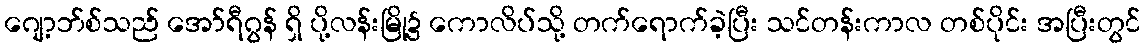
ဂျော့ဘ်စ်သည် အော်ရီဂွန် ရှိ ပို့လန်းမြို့၌ ကောလိပ်သို့ တက်ရောက်ခဲ့ပြီး သင်တန်းကာလ တစ်ပိုင်း အပြီးတွင်